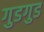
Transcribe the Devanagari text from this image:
गुडगुड